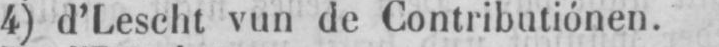
4) d’Lescht vun de Contributiónen.